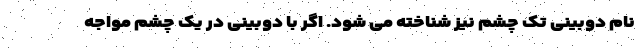
نام دوبینی تک چشم نیز شناخته می شود. اگر با دوبینی در یک چشم مواجه